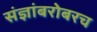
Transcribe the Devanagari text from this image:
संज्ञांबरोबरच